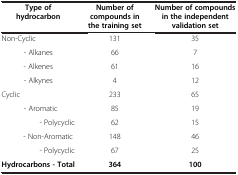
<table><thead><tr><td><b>Type of hydrocarbon</b></td><td><b>Number of compounds in the training set</b></td><td><b>Number of compounds in the independent validation set</b></td></tr></thead><tbody><tr><td>Non-Cyclic</td><td>131</td><td>35</td></tr><tr><td>- Alkanes</td><td>66</td><td>7</td></tr><tr><td>- Alkenes</td><td>61</td><td>16</td></tr><tr><td>- Alkynes</td><td>4</td><td>12</td></tr><tr><td>Cyclic</td><td>233</td><td>65</td></tr><tr><td>- Aromatic</td><td>85</td><td>19</td></tr><tr><td>- Polycyclic</td><td>62</td><td>15</td></tr><tr><td>- Non-Aromatic</td><td>148</td><td>46</td></tr><tr><td>- Polycyclic</td><td>67</td><td>25</td></tr><tr><td><b>Hydrocarbons - Total</b></td><td><b>364</b></td><td><b>100</b></td></tr></tbody></table>